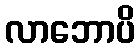
လာဘောပိ